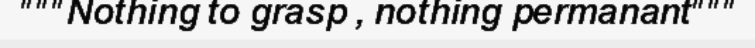
"""Nothing to grasp , nothing permanant"""